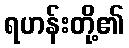
ရဟန်းတို့၏